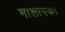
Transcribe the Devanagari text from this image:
माशांपैकी